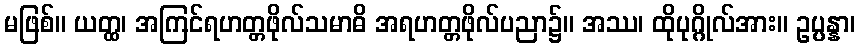
မဖြစ်။ ယတ္ထ၊ အကြင်ရဟတ္တဖိုလ်သမာဓိ အရဟတ္တဖိုလ်ပညာ၌။ အဿ၊ ထိုပုဂ္ဂိုလ်အား။ ဥပ္ပန္နာ၊